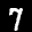
Label: 7